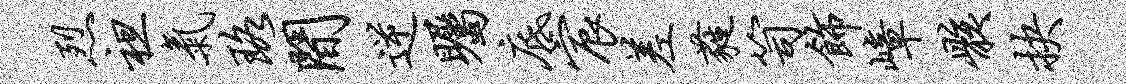
烈袒气珞间逆瞩底宸差蕤笥饰嶂骸抉